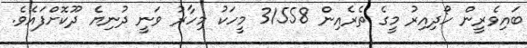
ބައިވެރީން ހޯދިއިރު މީގެ ތެރެއިން 31558 މީހަކު މިހާރު ވަނީ ދުނިޔެެ ދޫކޮށްފައެވެ.